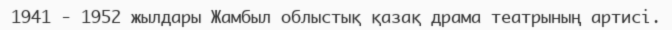
1941 - 1952 жылдары Жамбыл облыстық қазақ драма театрының артисі.